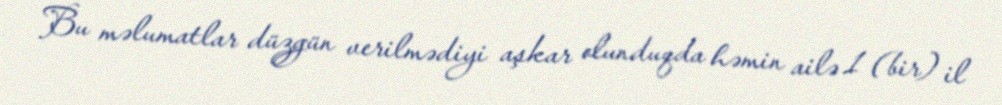
Bu məlumatlar düzgün verilmədiyi aşkar olunduqda həmin ailə 1 (bir) il